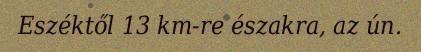
Eszéktől 13 km-re északra, az ún.